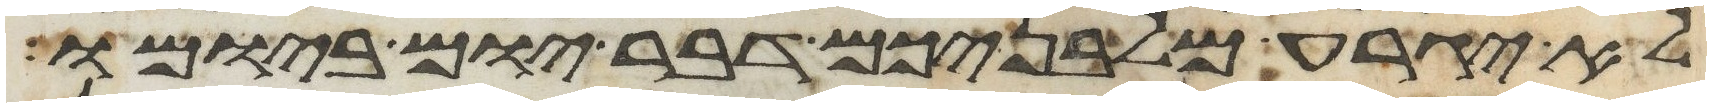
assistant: לא יגרע מלבניכם דבר יום ביומו